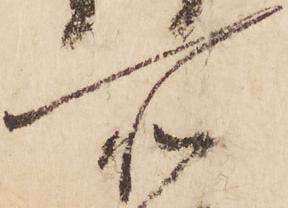
所